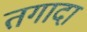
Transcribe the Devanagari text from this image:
तगादा